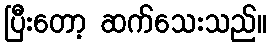
ပြီးတော့ ဆက်သေးသည်။